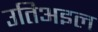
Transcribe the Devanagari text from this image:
उतिअइल